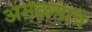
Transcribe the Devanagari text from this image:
अमळगाव